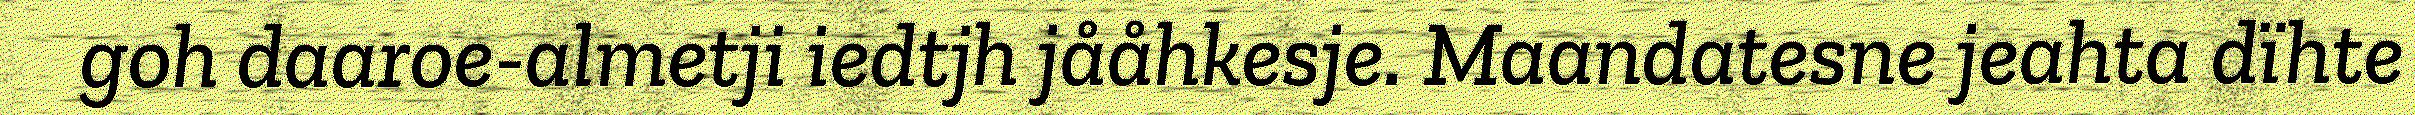
goh daaroe-almetji iedtjh jååhkesje. Maandatesne jeahta dïhte